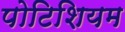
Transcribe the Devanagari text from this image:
पोटिशियम